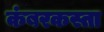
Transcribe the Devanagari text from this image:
कंबरकस्ता